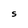
Character: S